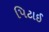
પિટાઈ